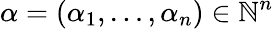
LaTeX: \alpha=(\alpha_{1},\ldots,\alpha_{n})\in\mathbb{N}^{n}